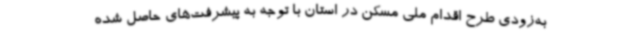
به‌زودی طرح اقدام ملی مسکن در استان با توجه به پیشرفت‌های حاصل شده